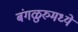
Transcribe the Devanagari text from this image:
बंगळुरुमध्ये